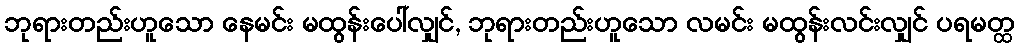
ဘုရားတည်းဟူသော နေမင်း မထွန်းပေါ်လျှင်, ဘုရားတည်းဟူသော လမင်း မထွန်းလင်းလျှင် ပရမတ္ထ